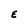
Character: E